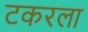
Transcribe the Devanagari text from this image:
टकरला